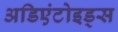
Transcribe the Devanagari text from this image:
अडिएंटोइड्स